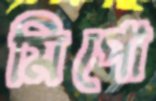
মিপো